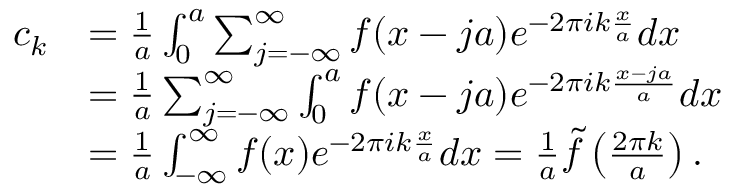
\begin{array} { r l } { c _ { k } } & { = \frac { 1 } { a } \int _ { 0 } ^ { a } \sum _ { j = - \infty } ^ { \infty } f ( x - j a ) e ^ { - 2 \pi i k \frac { x } { a } } d x } \\ & { = \frac { 1 } { a } \sum _ { j = - \infty } ^ { \infty } \int _ { 0 } ^ { a } f ( x - j a ) e ^ { - 2 \pi i k \frac { x - j a } { a } } d x } \\ & { = \frac { 1 } { a } \int _ { - \infty } ^ { \infty } f ( x ) e ^ { - 2 \pi i k \frac { x } { a } } d x = \frac { 1 } { a } \tilde { f } \left( \frac { 2 \pi k } { a } \right) . } \end{array}